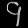
Digit: ၄